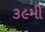
૩૯મી